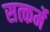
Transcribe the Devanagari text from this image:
सत्कर्मे